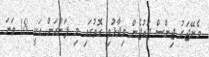
މެނޭޖަރު ޖިންސް ޖައުޖެން ވިދާޅުވި ގޮތުގައި މި ފަންރަން އަކީ 18 ވަނަ